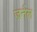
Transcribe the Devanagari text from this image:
ज्रर्नल